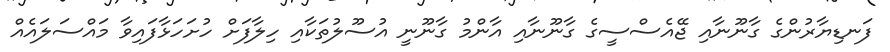
ފަނޑިޔާރުންގެ ގާނޫނާއި ޖޭއެސްސީގެ ގާނޫނާއި އާންމު ގާނޫނީ އުސޫލުތަކާއި ހިލާފަށް ހުށަހަޅާފައިވާ މައްސަލައެއް